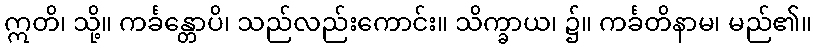
ဣတိ၊ သို့။ ကင်္ခန္တောပိ၊ သည်လည်းကောင်း။ သိက္ခာယ၊ ၌။ ကင်္ခတိနာမ၊ မည်၏။